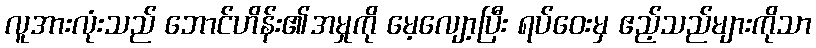
လူအားလုံးသည် ဘောင်ဟိန်း၏အမှုကို မေ့လျော့ပြီး ရပ်ဝေးမှ ဧည့်သည်များကိုသာ